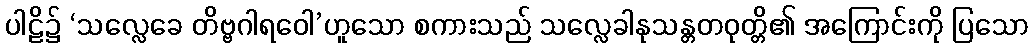
ပါဠိ၌ ‘သလ္လေခေ တိဗ္ဗဂါရဝေါ’ဟူသော စကားသည် သလ္လေခါနုသန္တတဝုတ္တိ၏ အကြောင်းကို ပြသော